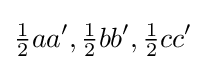
{\tfrac {1}{2}}aa',{\tfrac {1}{2}}bb',{\tfrac {1}{2}}cc'